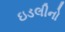
ઇડલીનો